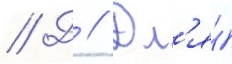
// Д // Дл'я́